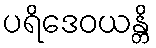
ပရိဒေဝယန္တိ